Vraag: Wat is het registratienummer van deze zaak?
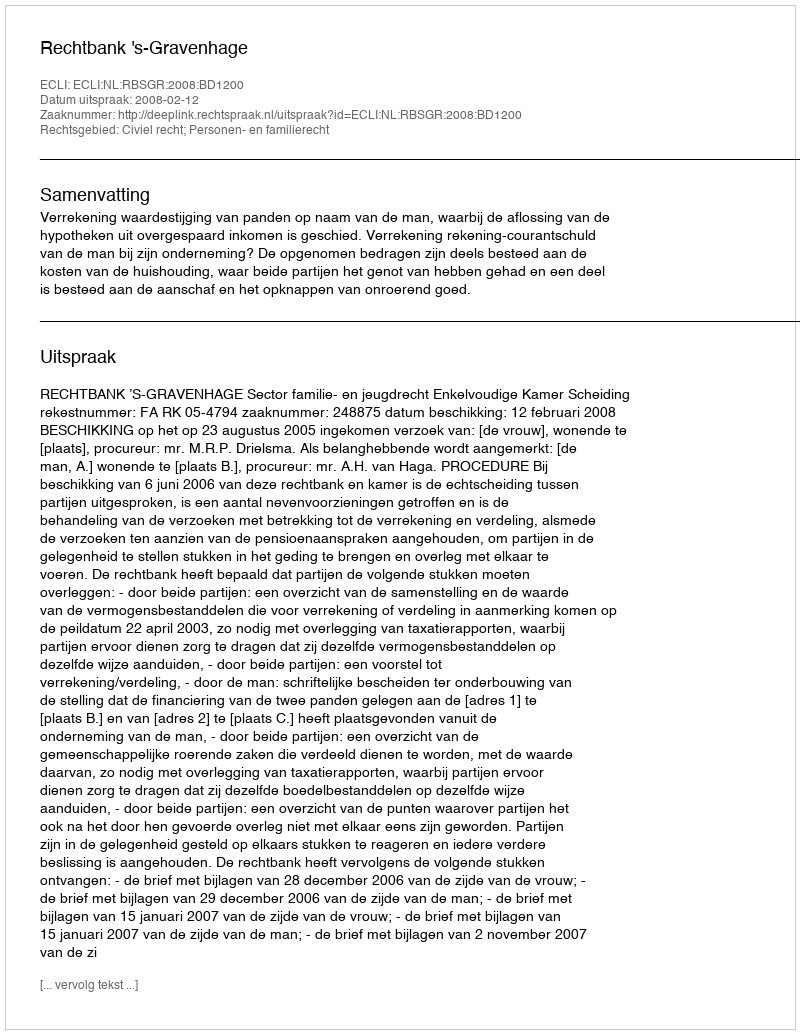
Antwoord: http://deeplink.rechtspraak.nl/uitspraak?id=ECLI:NL:RBSGR:2008:BD1200